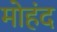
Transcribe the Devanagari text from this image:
मोहंद